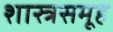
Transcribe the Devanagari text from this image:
शास्त्रसमूह